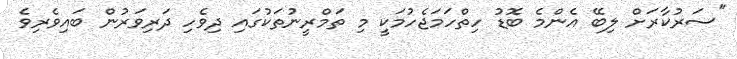
"ސަރުކާރަށް ލިބޭ އެންމެ ބޮޑު ހިތްހަމަޖެހުމަކީ މި ތަމްރީނުތަކުގައި ދިވެހި ދަރިވަރުން ބައިވެރިވެ